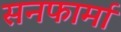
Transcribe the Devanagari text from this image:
सनफार्मा